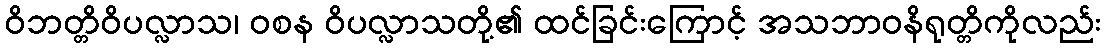
ဝိဘတ္တိဝိပလ္လာသ၊ ဝစန ဝိပလ္လာသတို့၏ ထင်ခြင်းကြောင့် အသဘာဝနိရုတ္တိကိုလည်း